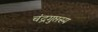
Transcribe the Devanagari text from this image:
चंद्रगुप्तस्य